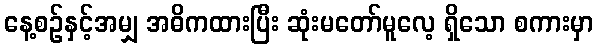
နေ့စဉ်နှင့်အမျှ အဓိကထားပြီး ဆုံးမတော်မူလေ့ ရှိသော စကားမှာ